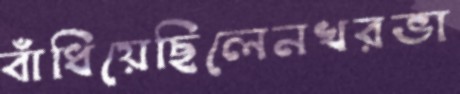
বাঁধিয়েছিলেনখরভা